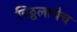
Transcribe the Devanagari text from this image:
विठ्ठलाचेच